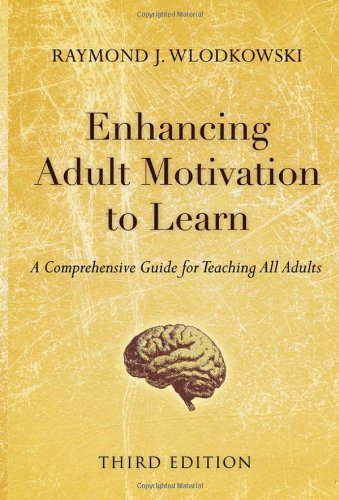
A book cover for Enhancing Adult Motivation to Learn: A Comprehensive Guide for Teaching All Adults; Raymond J. Wlodkowski; Education & Teaching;